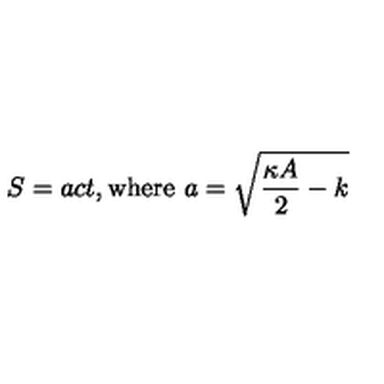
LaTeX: S = a c t , \mathrm { w h e r e } \ a = \sqrt { \frac { \kappa A } { 2 } - k }